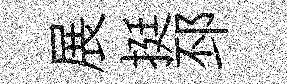
展挺邳